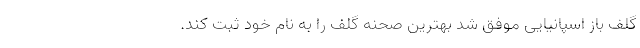
گلف باز اسپانیایی موفق شد بهترین صحنه گلف را به نام خود ثبت کند.